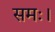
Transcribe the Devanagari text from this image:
समः।